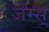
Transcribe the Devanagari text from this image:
जेम्स्